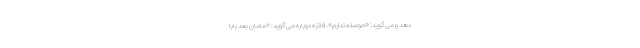
دهد و می گوید: «حوصله ندارم». فائزه دوباره می گوید: «مامان بعد بابا